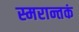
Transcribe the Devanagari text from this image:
स्मरान्तकं